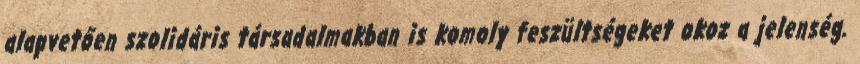
alapvetően szolidáris társadalmakban is komoly feszültségeket okoz a jelenség.